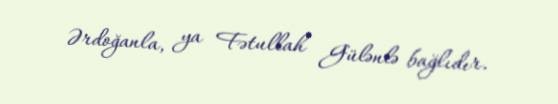
Ərdoğanla, ya Fətullah Gülənlə bağlıdır.